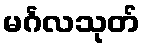
မင်္ဂလသုတ်